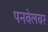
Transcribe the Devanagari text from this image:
पनवेलवर